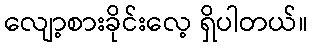
လျော့စားခိုင်းလေ့ ရှိပါတယ်။